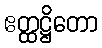
ဧတ္ထဋ္ဌိတော